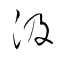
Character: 汲